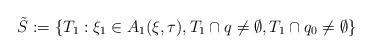
LaTeX: \begin{align*}\tilde S:=\{ T_1: \xi_1 \in A_1(\xi,\tau), T_1 \cap q \ne \emptyset, T_1 \cap q_0 \ne \emptyset \}\end{align*}